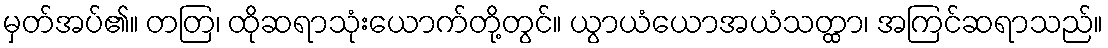
မှတ်အပ်၏။ တတြ၊ ထိုဆရာသုံးယောက်တို့တွင်။ ယွာယံယောအယံသတ္ထာ၊ အကြင်ဆရာသည်။